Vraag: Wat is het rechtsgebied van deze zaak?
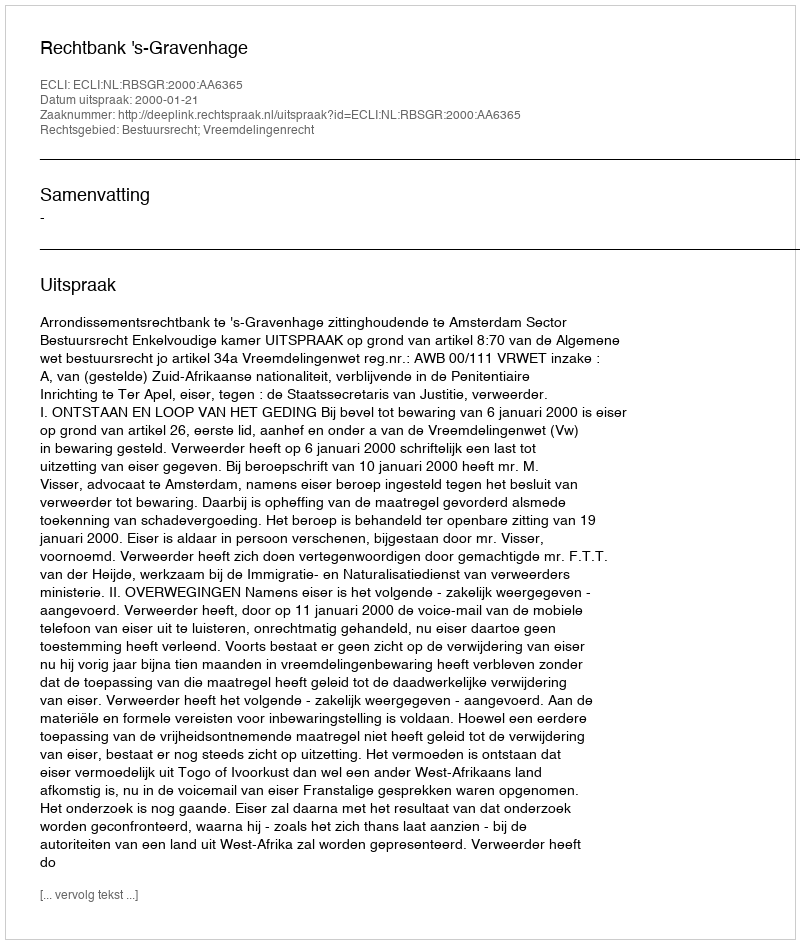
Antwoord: Bestuursrecht; Vreemdelingenrecht